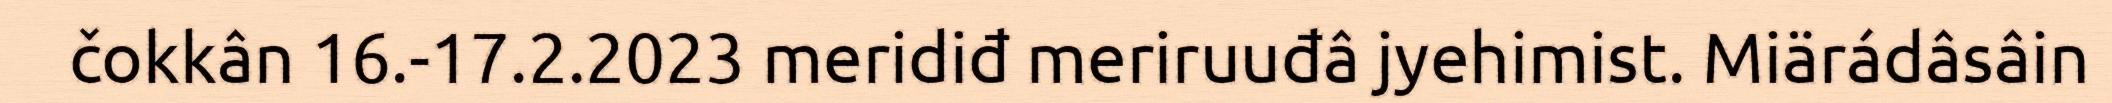
čokkân 16.-17.2.2023 meridiđ meriruuđâ jyehimist. Miärádâsâin